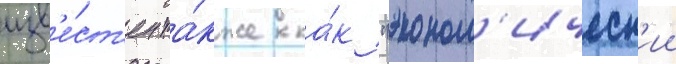
изв'е́ст'ен та́кже ка́к "эконом'ическ'ии